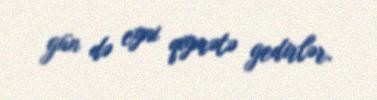
gün də eyni qiymətə gedirlər.